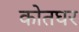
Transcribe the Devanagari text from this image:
कोतघर